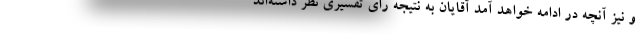
و نیز آنچه در ادامه خواهد آمد آقایان به نتیجه رای تفسیری نظر داشته‌اند